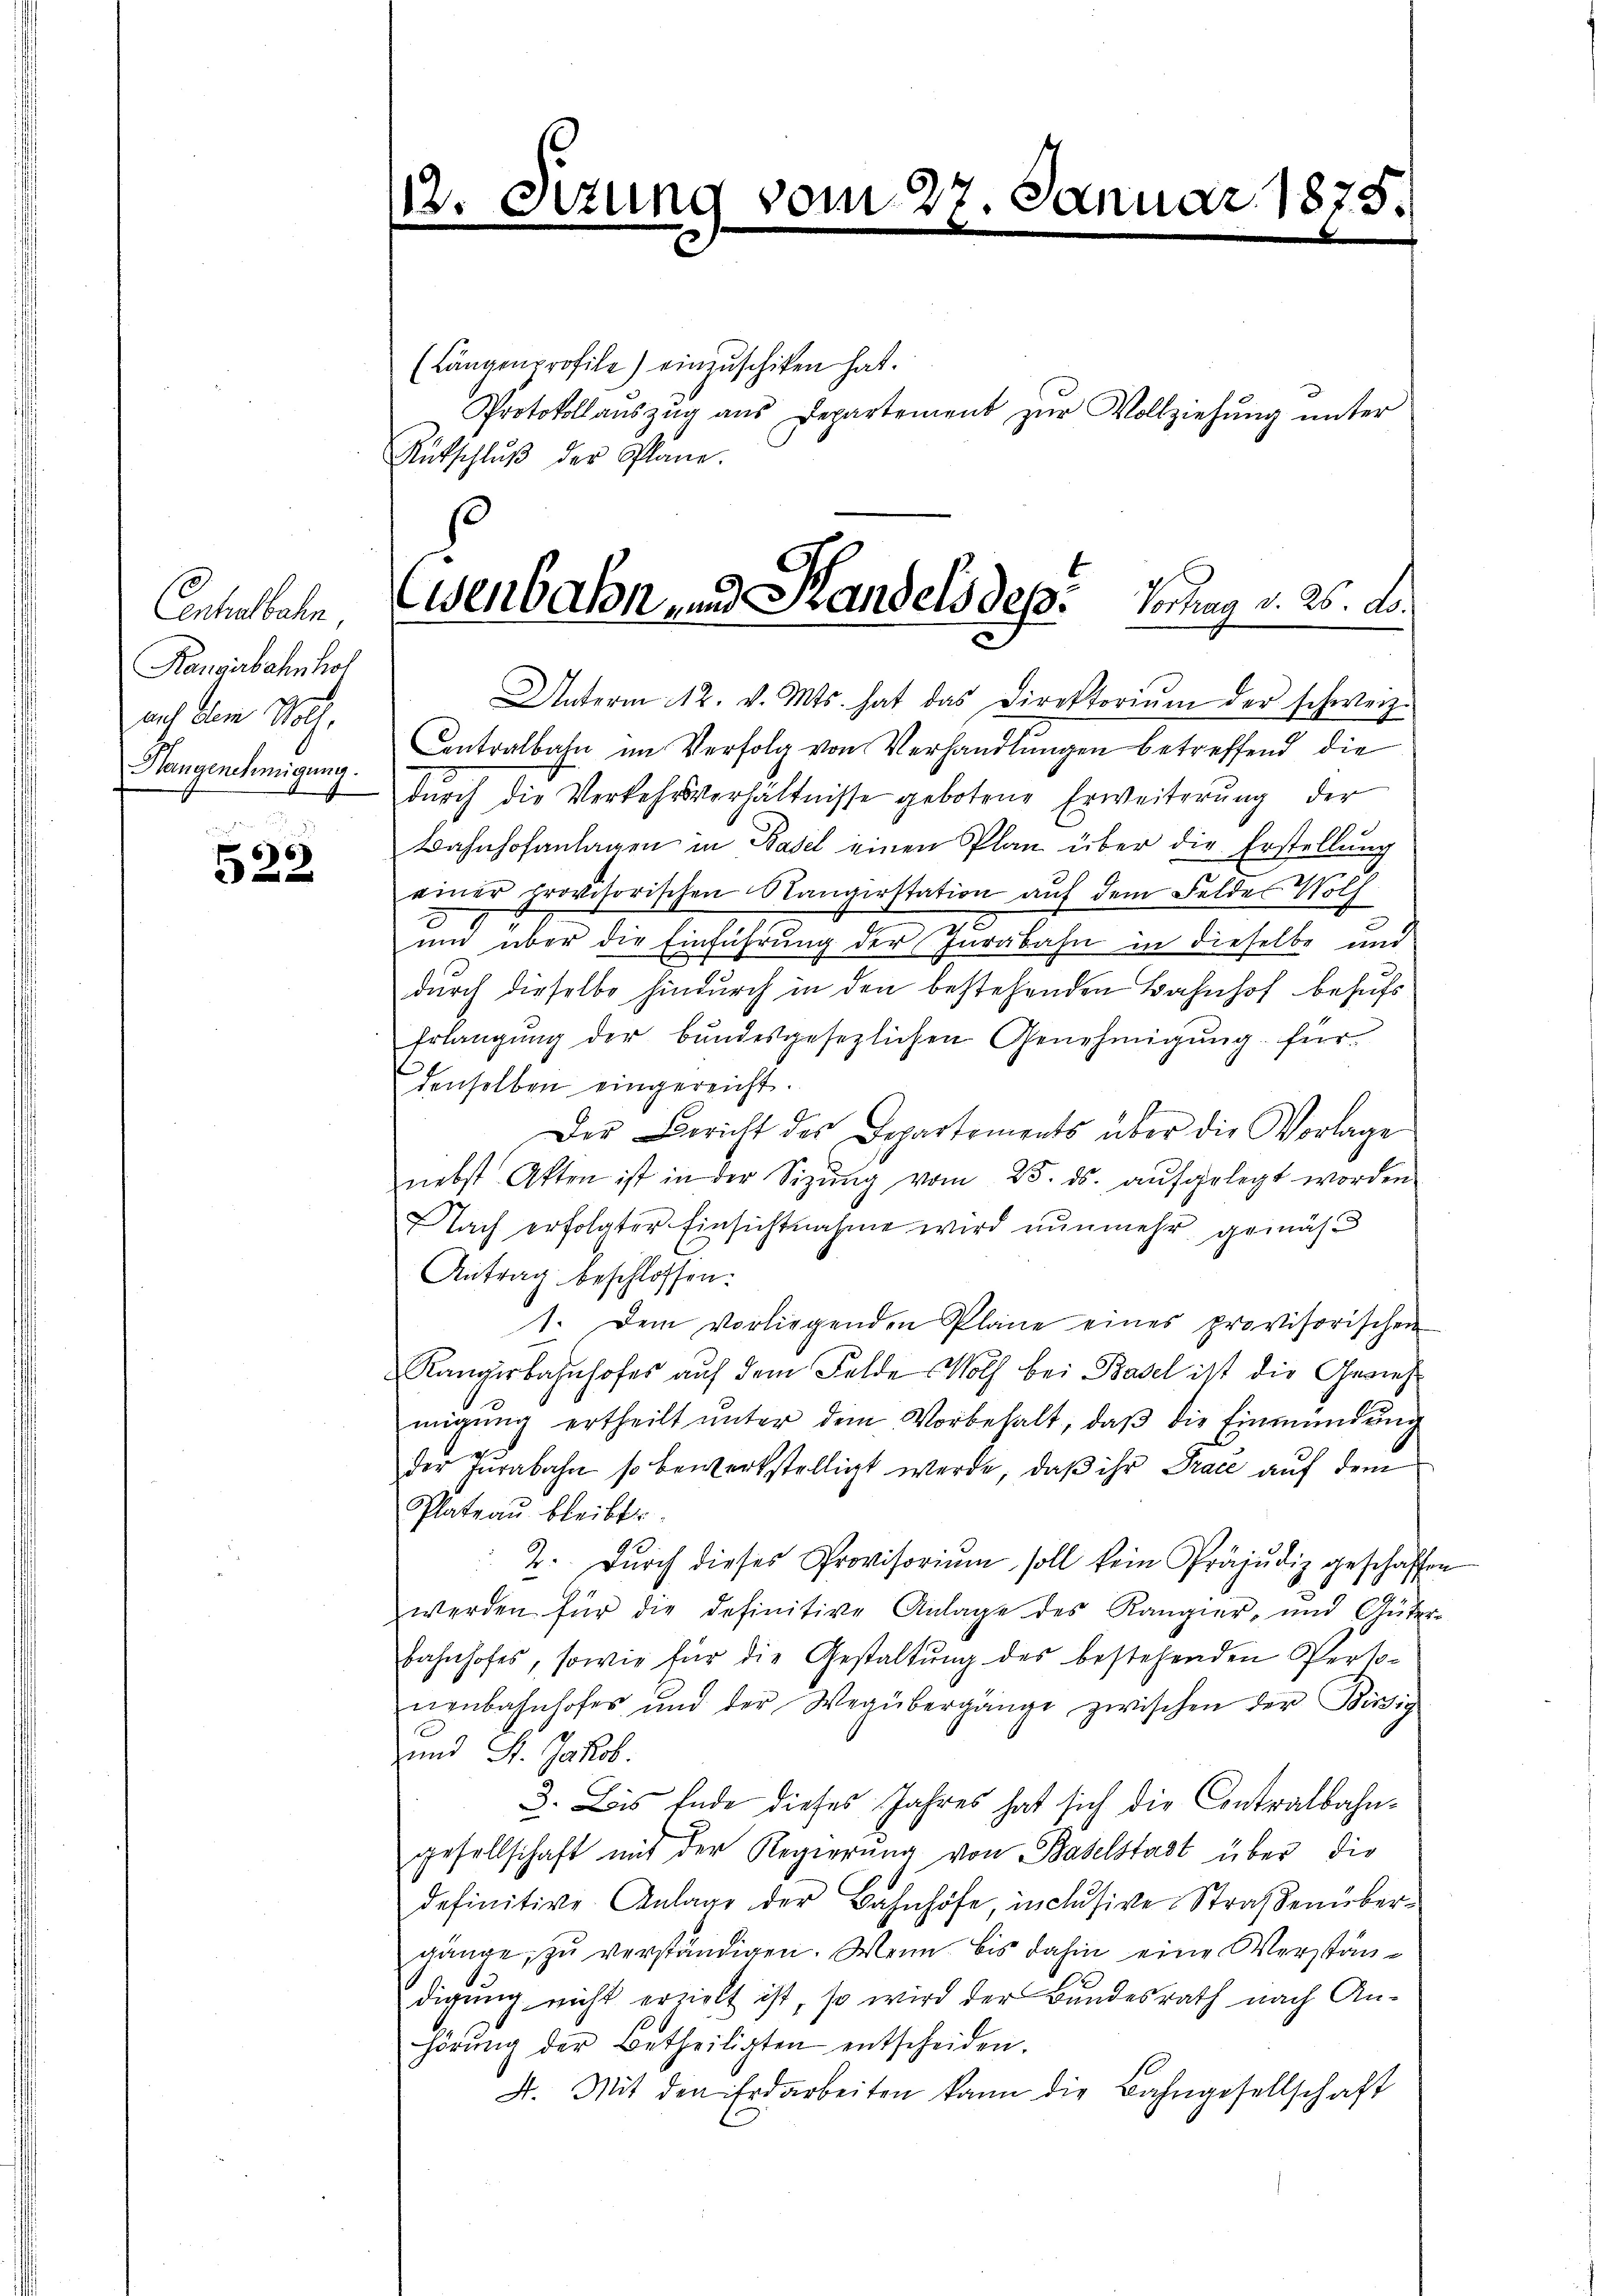
Centralbahn,
Rangerbahnhof
auf dem Noth,
Hangenehmigung.

522

8

1

vom 27.

(Längenprofile) einzuschiken hat.
Protokollaŭszŭg ans Departement zŭr Vollziehŭng ŭnter
Rutschlŭβ der Plane.

Eisenbahn und Kandels dep: Vortrag v. 26. d.

Unterm 12. v. Mts. hat das Direktoriŭm der schweiz.
Contralbahn im Verfolg von Verhandlungen betreffend die
durch die Verkehrsverhältnisse gebotene Erweiterung der
Bahnhofanlagen in Basel einen Plan über die Erstellung
einer provisorischen Rangerstation auf dem Feldes Wolf
um über die Einführung der Jurabahn in dieselbe und
durch dieselbe hindurch in den bestehenden Bahnhof behufs
Erlangung der bundesgesezlichen Genehmigung für
denselben eingereicht.
Der Bericht des Departements über die Vorlage
nebst Akten ist in der Sitzŭng vom 25. ds. aufgelegt worden
Nach erfolgter Einsichtnahme wird nunmehr gemäs
Antrag beschlossen:
1. Dem vorliegenden Pläne eines provisorischen
Rangsbahnhofes auf dem Felde Noth bei Basel ist die Gewehmigung ertheilt unter dem Vorbehalt, daß die Einmündung
f
der Jurabahn so bewerkstelligt werde, daß ihr Trace auf dem
Plateau bleibt
2. Dŭrch dieses Provisoriŭm soll kein Präjudiz geschaffen
werden für die definitive Anlage des Rangier, und Güter-
bahnhofes, sowie für die Gestaltung des bestehenden Personenbahnhofes und der Wegübergänge zwischen der Bissig
und St. Jakob.
3. Bis Ende dieses Jahres hat sich die Contralbahngesellschaft mit der Regierŭng von Baselstadt über die
definitive Anlage der Bahnhöfe, inclusive Straßenübergänge, zŭ verständigen. Wenn bis dahin eine Verständigung nicht erzielt ist, so wird der Bundesrath nach Anhörŭng der Betheiligten entscheiden.
4. Mit den Erdarbeiten kann die Bahngesellschaft